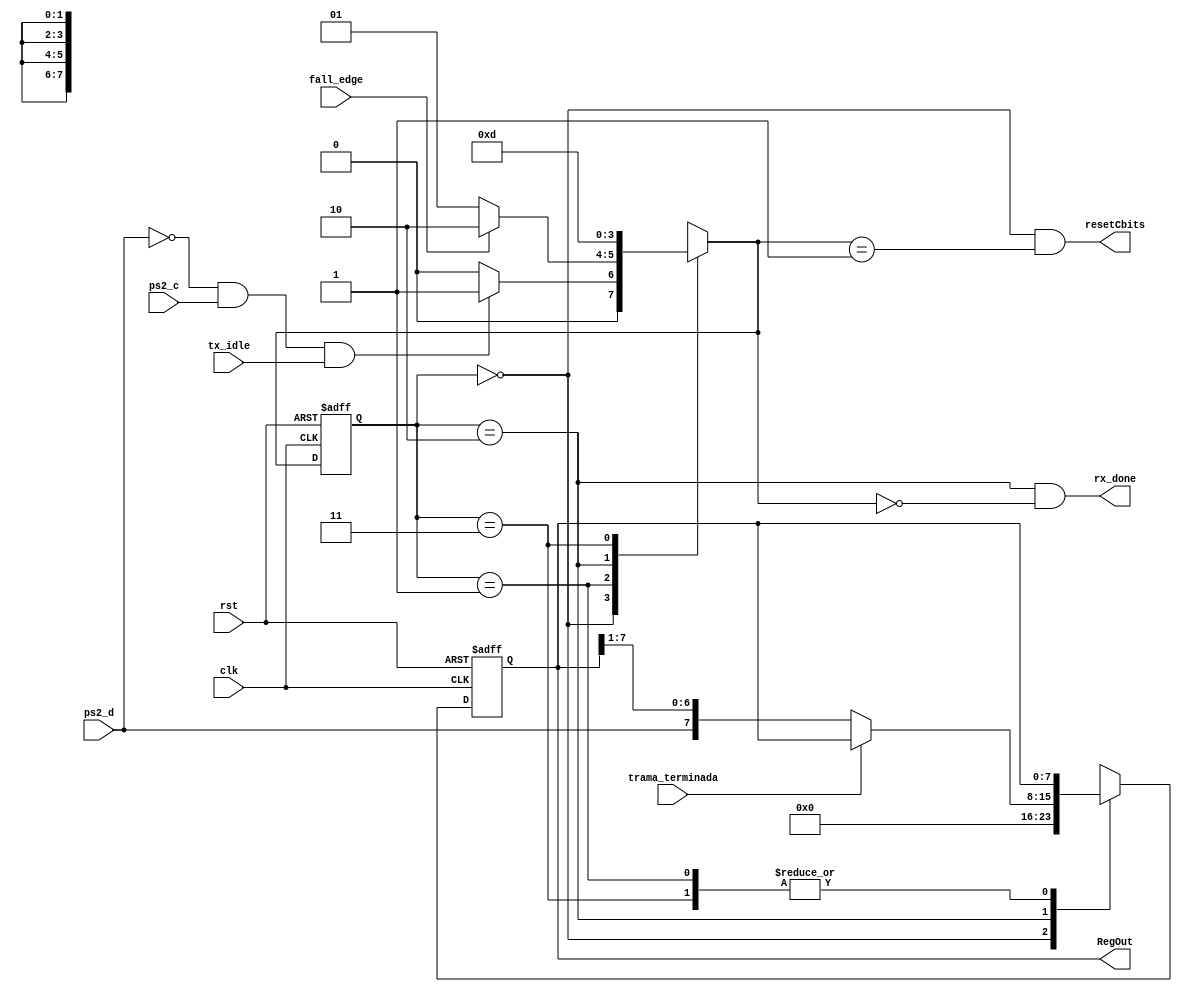
`timescale 1ns / 1ps
//////////////////////////////////////////////////////////////////////////////////

//////////////////////////////////////////////////////////////////////////////////
module FSM_rx_ps2(clk, rst, ps2_d, ps2_c,fall_edge,trama_terminada, tx_idle, rx_done, RegOut, resetCbits);

//Triestado
input ps2_d, ps2_c;

//Entradas
input clk, rst, fall_edge, trama_terminada, tx_idle;

//Salidas
output reg [7:0] RegOut;
output rx_done, resetCbits;

//temporales
reg [7:0]RegOut_Next;
wire dato_entrante;
reg [1:0] E_Presente, E_Siguiente;

parameter[1:0] 

	S0 = 2'b00,
	S1 = 2'b01,
	S2 = 2'b10,
	S3 = 2'b11;

	
//Parametros locales utilizados para no tener que usar siempre la notacion binaria, y que
//y para permiti


assign dato_entrante = !ps2_d&&ps2_c;


//Combinacional de Salida
assign rx_done = ((E_Presente==S2)&&(E_Siguiente==S0));
assign resetCbits = ((E_Presente==S0)&&(E_Siguiente==S1));

//Bloque secuencial de la Maquina
always @(negedge clk, posedge rst)
begin
	if (rst)
		begin
			E_Presente = S0;
			RegOut = 8'b0;
		end
	else
		begin
			E_Presente = E_Siguiente;
			RegOut = RegOut_Next;	
		end
end

//Diagrama de Estados, descrito
always @*
	begin
	E_Siguiente = E_Presente;
	RegOut_Next = RegOut;
		case (E_Presente)
			////////////////////////////////
			S0: begin
				RegOut_Next = 8'b0;
				if(dato_entrante&&tx_idle)
					E_Siguiente = S1;
				else
					E_Siguiente = S0;
			end
			////////////////////////////////
			S1: begin
				if(fall_edge)
					E_Siguiente = S2;
				else
					E_Siguiente = S1;	
				end
			/////////////////////////////////
			S2: begin
			if	(trama_terminada)
				begin
				E_Siguiente = 2'b00;	
				end
			else
				RegOut_Next = {ps2_d,RegOut[7:1]};
				E_Siguiente = S3;	
			end
			/////////////////////////////////
			S3: 
			begin
			E_Siguiente = S1;	
			end
		endcase
	end
	
endmodule